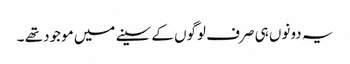
یہ دونوں‌ ہی صرف لوگوں کے سینے میں موجود تھے ۔